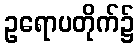
ဥရောပတိုက်၌